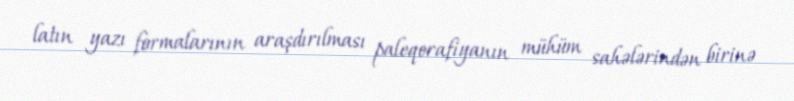
latın yazı formalarının araşdırılması paleqorafiyanın mühüm sahələrindən birinə